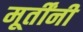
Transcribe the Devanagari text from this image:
मूर्तींनी